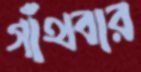
গাঁথবার